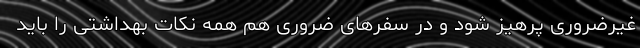
غیرضروری پرهیز شود و در سفر‌های ضروری هم همه نکات بهداشتی را باید